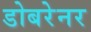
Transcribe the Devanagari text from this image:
डोबरेनर